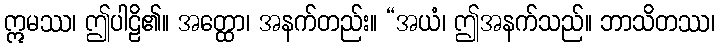
ဣမဿ၊ ဤပါဠိ၏။ အတ္ထော၊ အနက်တည်း။ “အယံ၊ ဤအနက်သည်။ ဘာသိတဿ၊